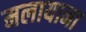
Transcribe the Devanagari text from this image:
मलायाना